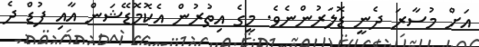
އަށް މުސާރަ ދެނީ ޑޮލަރުންނެވެ. މީގެ އިތުރުން އެކޮމޮޑޭޝަން އާއި ފުޑް ދެ